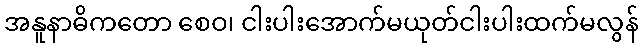
အနူနာဓိကတော စေဝ၊ ငါးပါးအောက်မယုတ်ငါးပါးထက်မလွန်